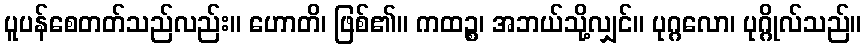
ပူပန်စေတတ်သည်လည်း။ ဟောတိ၊ ဖြစ်၏။ ကထဉ္စ၊ အဘယ်သို့လျှင်။ ပုဂ္ဂလော၊ ပုဂ္ဂိုလ်သည်။